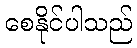
စေနိုင်ပါသည်